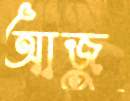
আজু